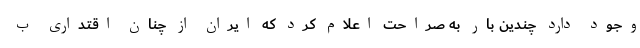
وجود دارد چندین بار به صراحت اعلام کرد که ایران از چنان اقتداری ب